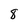
Character: 8